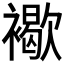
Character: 𧝽